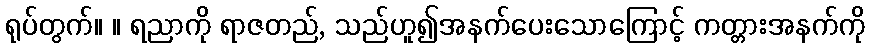
ရုပ်တွက်။ ။ ရညာကို ရာဇတည်, သည်ဟူ၍အနက်ပေးသောကြောင့် ကတ္တားအနက်ကို